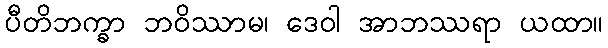
ပီတိဘက္ခာ ဘဝိဿာမ၊ ဒေဝါ အာဘဿရာ ယထာ။